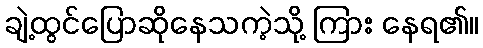
ချဲ့ထွင်ပြောဆိုနေသကဲ့သို့ ကြား နေရ၏။